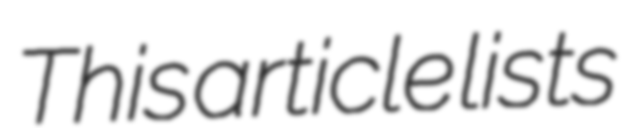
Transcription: This article lists